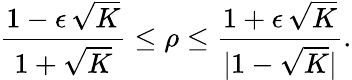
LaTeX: \frac{1-\epsilon\, \sqrt{K}}{1+\sqrt{K}}\leq\rho\leq\frac{1+\epsilon\, \sqrt{K}}{|1-\sqrt{K}|}.